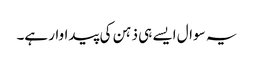
یہ سوال ایسے ہی ذہن کی پیداوار ہے۔